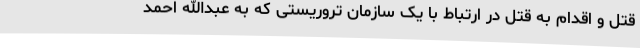
قتل و اقدام به قتل در ارتباط با یک سازمان تروریستی که به عبدالله احمد